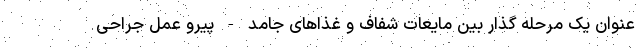
عنوان یک مرحله گذار بین مایعات شفاف و غذاهای جامد - پیرو عمل جراحی